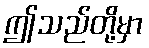
ဤသည်တို့မှာ